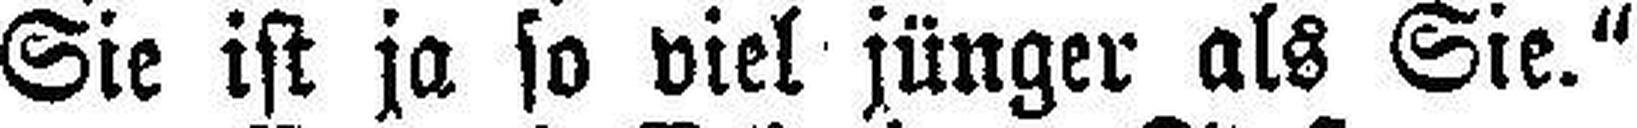
Sie ist ja so viel jünger als Sie."